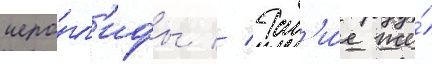
иеро́гл'ифы // Так'и́е же́